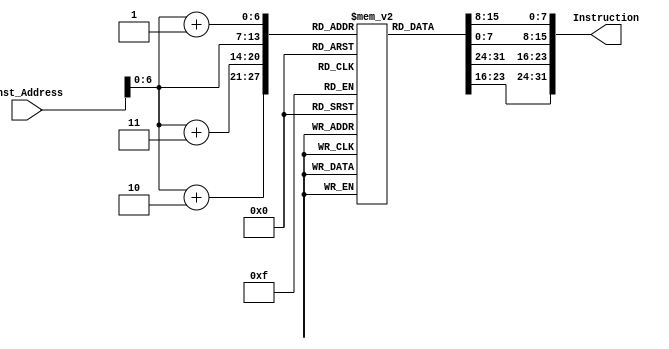
`timescale 1ns / 1ps
//////////////////////////////////////////////////////////////////////////////////
// Company: 
// Engineer: 
// 
// Design Name: 
// Module Name: Instruction_Memory
// Project Name: 
// Target Devices: 
// Tool Versions: 
// Description: 
// 
// Dependencies: 
// 
// Revision:
// Revision 0.01 - File Created
// Additional Comments:
// 
//////////////////////////////////////////////////////////////////////////////////


module Instruction_Memory
(
	input [63:0] Inst_Address,
	output reg [31:0] Instruction
);
	reg [7:0] inst_mem [95:0];
	
	initial
	begin

		//addi x6,x0, 1 
        inst_mem[0]=8'b00010011;
		inst_mem[1]=8'b00000011;
		inst_mem[2]=8'b00010000;
		inst_mem[3]=8'b00000000;
		//addi x7,x0, 4
		inst_mem[4]=8'b10010011;
		inst_mem[5]=8'b00000011;
		inst_mem[6]=8'b01000000;
		inst_mem[7]=8'b00000000;
		//addi x8,x0, 5 
		inst_mem[8]=8'b00010011;
		inst_mem[9]=8'b00000100;
		inst_mem[10]=8'b01010000;
		inst_mem[11]=8'b00000000;
		//addi x9,x0, 3 
		inst_mem[12]=8'b10010011;
		inst_mem[13]=8'b00000100;
		inst_mem[14]=8'b00110000;
		inst_mem[15]=8'b00000000;
		//addi x10, x0,8
		inst_mem[16]=8'b00010011;
		inst_mem[17]=8'b00000101;
		inst_mem[18]=8'b10000000;
		inst_mem[19]=8'b00000000;
		
		//addi x20,x0, 4 
		inst_mem[20]=8'b00010011;
		inst_mem[21]=8'b00001010;
		inst_mem[22]=8'b01010000;
		inst_mem[23]=8'b00000000;
		//Addi x19,x0,4 
		inst_mem[24]=8'b10010011;
		inst_mem[25]=8'b00001001;
		inst_mem[26]=8'b01010000;
		inst_mem[27]=8'b00000000;
		//addi x12,x0, 0 
		inst_mem[28]=8'b00010011;
		inst_mem[29]=8'b00000110;
		inst_mem[30]=8'b00000000;
		inst_mem[31]=8'b00000000;
		//blt x20, x12, exit1
		inst_mem[32]=8'b01100011;
		inst_mem[33]=8'b01000000;
		inst_mem[34]=8'b11001010;
		inst_mem[35]=8'b00000100;
		//addi x13,x0, 0
		inst_mem[36]=8'b10010011;
		inst_mem[37]=8'b00000110;
		inst_mem[38]=8'b00000000;
		inst_mem[39]=8'b00000000;
		//slli x15, x13, 3 
		inst_mem[40]=8'b10010011;
		inst_mem[41]=8'b10010111;
		inst_mem[42]=8'b00110110;
		inst_mem[43]=8'b00000000;
		//add x15, x5, x15
		inst_mem[44]=8'b10110011;
		inst_mem[45]=8'b10000111;
		inst_mem[46]=8'b11110010;
		inst_mem[47]=8'b00000000;
		//ld x16, 0(x15) 
		inst_mem[48]=8'b00000011;
		inst_mem[49]=8'b10101000;
		inst_mem[50]=8'b00000111;
		inst_mem[51]=8'b00000000;
		//addi x18, x15, 8    //correct
		inst_mem[52]=8'b00010011;
		inst_mem[53]=8'b10001001;
		inst_mem[54]=8'b10000111;
		inst_mem[55]=8'b00000000;
		//ld x17, 0(x18)      //datamemory[8] = 5
		inst_mem[56]=8'b10000011;
		inst_mem[57]=8'b00101000;
		inst_mem[58]=8'b00001001;
		inst_mem[59]=8'b00000000;
		//blt x16, x17, exit2 
		inst_mem[60]=8'b01100011;
		inst_mem[61]=8'b01001000;
		inst_mem[62]=8'b00011000;
		inst_mem[63]=8'b00000001;
		//add x11, x0, x16
		inst_mem[64]=8'b10110011;
		inst_mem[65]=8'b00000101;
		inst_mem[66]=8'b00000000;
		inst_mem[67]=8'b00000001;
		// sd x17, 0(x15)
		inst_mem[68]=8'b00100011;
		inst_mem[69]=8'b10100000;
		inst_mem[70]=8'b00010111;
		inst_mem[71]=8'b00000001;
		//sd x11, 0(x18)
		inst_mem[72]=8'b00100011;
		inst_mem[73]=8'b00100000;
		inst_mem[74]=8'b10111001;
		inst_mem[75]=8'b00000000;
		//addi x13, x13, 1 
		inst_mem[76]=8'b10010011;
		inst_mem[77]=8'b10000110;
		inst_mem[78]=8'b00010110;
		inst_mem[79]=8'b00000000;
		//sub x19, x19, x12 
		inst_mem[80]=8'b10110011;
		inst_mem[81]=8'b10001001;
		inst_mem[82]=8'b11001001;
		inst_mem[83]=8'b01000000;
		// blt x13, x19, loop2 
		inst_mem[84]=8'b11100011;
		inst_mem[85]=8'b11001010;
		inst_mem[86]=8'b00110110;
		inst_mem[87]=8'b11111101;
		//addi x12, x12, 1 
		inst_mem[88]=8'b00010011;
		inst_mem[89]=8'b00000110;
		inst_mem[90]=8'b00010110;
		inst_mem[91]=8'b00000000;
		//beq x0, x0, loop1
		inst_mem[92]=8'b11100011;
		inst_mem[93]=8'b00000010;
		inst_mem[94]=8'b00000000;
		inst_mem[95]=8'b11111100;
		 
		
		
	end
	
	
	always @(Inst_Address)
	begin
		Instruction={inst_mem[Inst_Address+3],inst_mem[Inst_Address+2],inst_mem[Inst_Address+1],inst_mem[Inst_Address]};
	end
endmodule